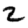
Digit: 2